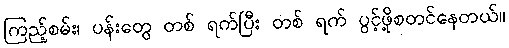
ကြည့်စမ်း၊ ပန်းတွေ တစ် ရက်ပြီး တစ် ရက် ပွင့်ဖို့စတင်နေတယ်။